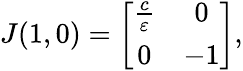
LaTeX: \begin{array}{r}{J(1,0)=\left[{\begin{array}{cc}{\frac{c}{\varepsilon}}&{0}\\ {0}&{-1}\end{array}}\right],}\end{array}